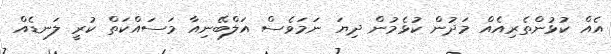
އެއް ކުޅުންތެރިއެއް މަދުން ކުޅެމުން ދިޔަ ނަމަވެސް އަލްބޭނިއާ މަސައްކަތް ކުރީ ލަނޑެއް